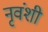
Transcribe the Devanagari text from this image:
नृवंशी